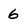
Character: 6